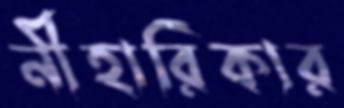
নীহারিকার